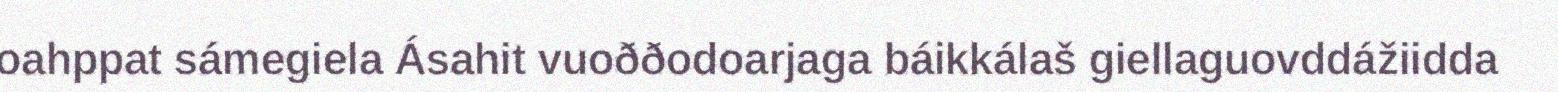
oahppat sámegiela Ásahit vuoððodoarjaga báikkálaš giellaguovddážiidda